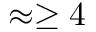
\approx \geq 4